Indian Civil Veterinary Department memoirs
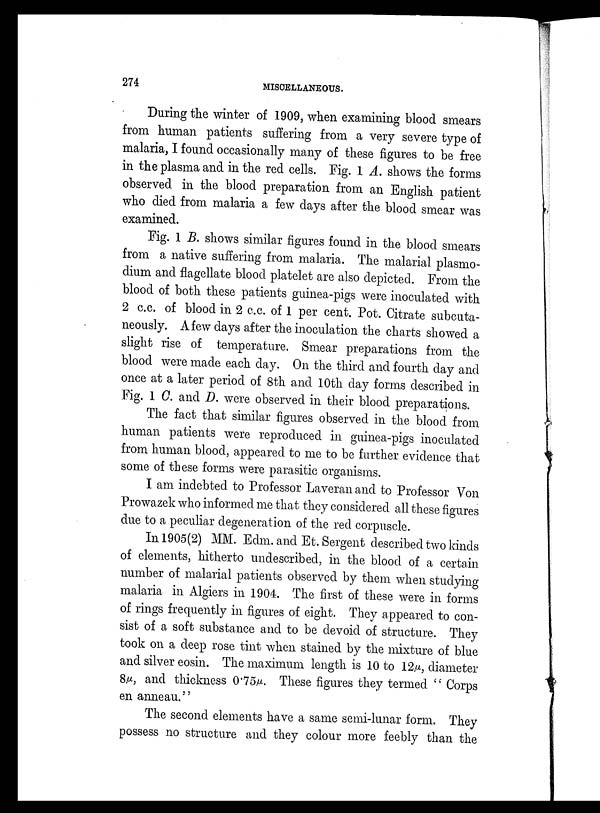
274
MISCELLANEOUS.
During the winter of 1909, when examining blood smears
from human patients suffering from a very severe type of
malaria, I found occasionally many of these figures to be free
in the plasma and in the red cells. Fig. 1 A. shows the forms
observed in the blood preparation from an English patient
who died from malaria a few days after the blood smear was
examined.
Fig. 1 B. shows similar figures found in the blood smears
from a native suffering from malaria. The malarial Plasmo-
dium and flagellate blood platelet are also depicted. From the
blood of both these patients guinea-pigs were inoculated with
2 c.c. of blood in 2 c.c. of 1 per cent. Pot. Citrate subcuta-
neously. A few days after the inoculation the charts showed a
slight rise of temperature. Smear preparations from the
blood were made each day. On the third and fourth day and
once at a later period of 8th and 10th day forms described in
Fig. 1 C. and D. were observed in their blood preparations.
The fact that similar figures observed in the blood from
human patients were reproduced in guinea-pigs inoculated
from human blood, appeared to me to be further evidence that
some of these forms were parasitic organisms.
I am indebted to Professor Laveran and to Professor Von
Prowazek who informed me that they considered all these figures
due to a peculiar degeneration of the red corpuscle.
In 1905(2) MM. Edm. and Et. Sergent described two kinds
of elements, hitherto undescribed, in the blood of a certain
number of malarial patients observed by them when studying
malaria in Algiers in 1904. The first of these were in forms
of rings frequently in figures of eight. They appeared to con-
sist of a soft substance and to be devoid of structure. They
took on a deep rose tint when stained by the mixture of blue
and silver eosin. The maximum length is 10 to 12µ, diameter
8µ, and thickness 0.75µ. These figures they termed " Corps
en anneau."
The second elements have a same semi-lunar form. They
possess no structure and they colour more feebly than the